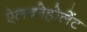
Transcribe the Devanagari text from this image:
ऐलकोहोलेंट